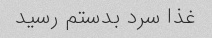
غذا سرد بدستم رسید